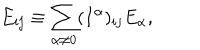
E _ { i j } \equiv \sum _ { \alpha \neq 0 } ( I ^ { \alpha } ) _ { i j } E _ { \alpha } ,